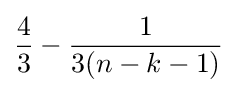
{\frac {4}{3}}-{\frac {1}{3(n-k-1)}}